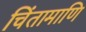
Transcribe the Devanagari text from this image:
चिंतामाणि